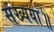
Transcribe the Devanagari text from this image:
संख्यया॥